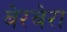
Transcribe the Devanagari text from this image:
बेरबेरा